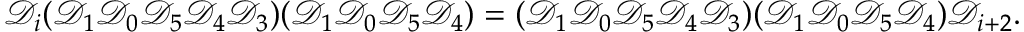
\mathscr D _ { i } ( \mathscr D _ { 1 } \mathscr D _ { 0 } \mathscr D _ { 5 } \mathscr D _ { 4 } \mathscr D _ { 3 } ) ( \mathscr D _ { 1 } \mathscr D _ { 0 } \mathscr D _ { 5 } \mathscr D _ { 4 } ) = ( \mathscr D _ { 1 } \mathscr D _ { 0 } \mathscr D _ { 5 } \mathscr D _ { 4 } \mathscr D _ { 3 } ) ( \mathscr D _ { 1 } \mathscr D _ { 0 } \mathscr D _ { 5 } \mathscr D _ { 4 } ) \mathscr D _ { i + 2 } .